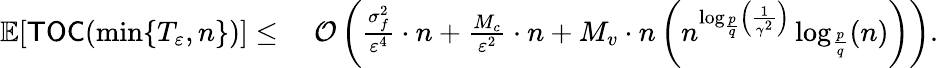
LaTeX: \begin{array}{rl}{\mathbb{E}[\mathsf{TOC}(\operatorname*{min}\{ T_{\varepsilon},n\} )]\leq\; }&{{\cal O}\left(\frac{\sigma_{f}^{2}}{\varepsilon^{4}}\cdot n+\frac{M_{c}}{\varepsilon^{2}}\cdot n+M_{v}\cdot n\left(n^{\log_{\frac{p}{q}}\left(\frac{1}{\gamma^{2}}\right)}\log_{\frac{p}{q}}(n)\right)\right).}\end{array}